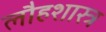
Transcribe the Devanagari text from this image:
लौहशास्त्र